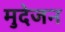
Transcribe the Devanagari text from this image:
मुदेजन